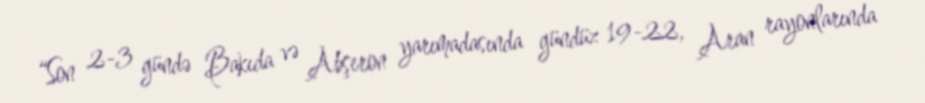
“Son 2-3 gündə Bakıda və Abşeron yarımadasında gündüz 19-22, Aran rayonlarında